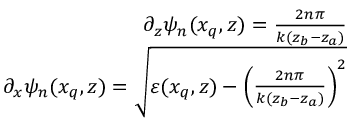
\begin{array} { r } { \partial _ { z } \psi _ { n } ( x _ { q } , z ) = \frac { 2 n \pi } { k ( z _ { b } - z _ { a } ) } } \\ { \partial _ { x } \psi _ { n } ( x _ { q } , z ) = \sqrt { \varepsilon ( x _ { q } , z ) - \left( \frac { 2 n \pi } { k ( z _ { b } - z _ { a } ) } \right) ^ { 2 } } } \end{array}